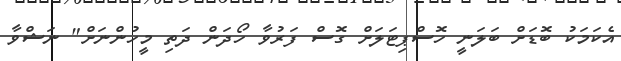
އެކަމަކު ބޮޑަށް ބަލަނީ ހޮސްޕިޓަލަށް ގޮސް ފަރުވާ ހޯދަން ދަތި މީހުންނަށް" ނަޝްވާ